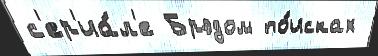
с'ер'иа́л'е Брэдом по́исках